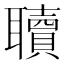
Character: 𮋿